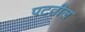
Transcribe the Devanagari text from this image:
पटतील